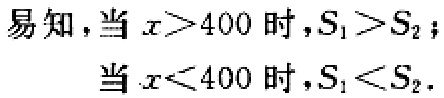
易知，当 \(x > 400\) 时，\(S_{1}>S_{2}\)；
当 \(x < 400\) 时，\(S_{1}<S_{2}\).